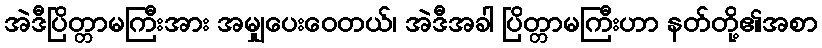
အဲဒီပြိတ္တာမကြီးအား အမျှပေးဝေတယ်၊ အဲဒီအခါ ပြိတ္တာမကြီးဟာ နတ်တို့၏အစာ